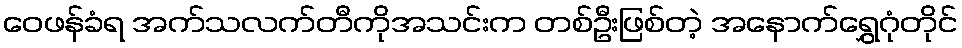
ဝေဖန်ခံရ အက်သလက်တီကိုအသင်းက တစ်ဦးဖြစ်တဲ့ အနောက်ရွှေဂုံတိုင်